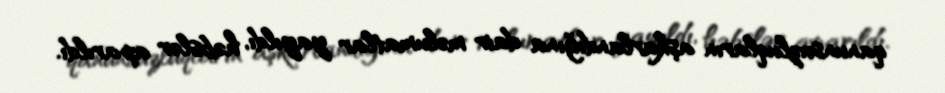
qanunsuzluqların aşkarlandığına dair məlumatlar yayıldı, həbslər aparıldı.